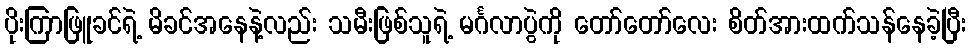
ပိုးကြာဖြူခင်ရဲ့ မိခင်အနေနဲ့လည်း သမီးဖြစ်သူရဲ့ မင်္ဂလာပွဲကို တော်တော်လေး စိတ်အားထက်သန်နေခဲ့ပြီး